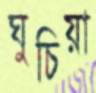
ঘুচিয়া